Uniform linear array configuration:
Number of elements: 24
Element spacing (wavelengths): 0.5
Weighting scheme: kaiser
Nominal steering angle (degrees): -30
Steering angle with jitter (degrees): -30.887
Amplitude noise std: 0.05
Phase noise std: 0.05

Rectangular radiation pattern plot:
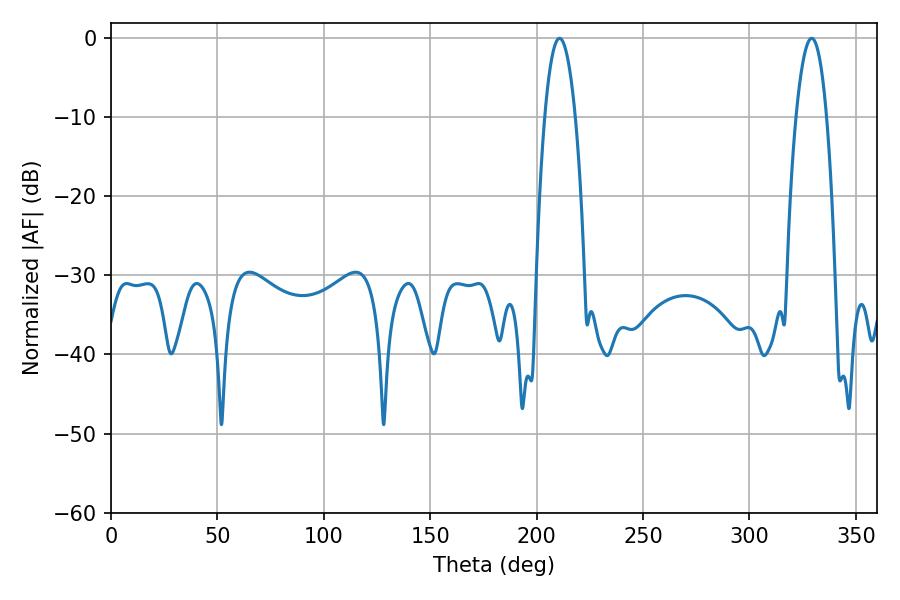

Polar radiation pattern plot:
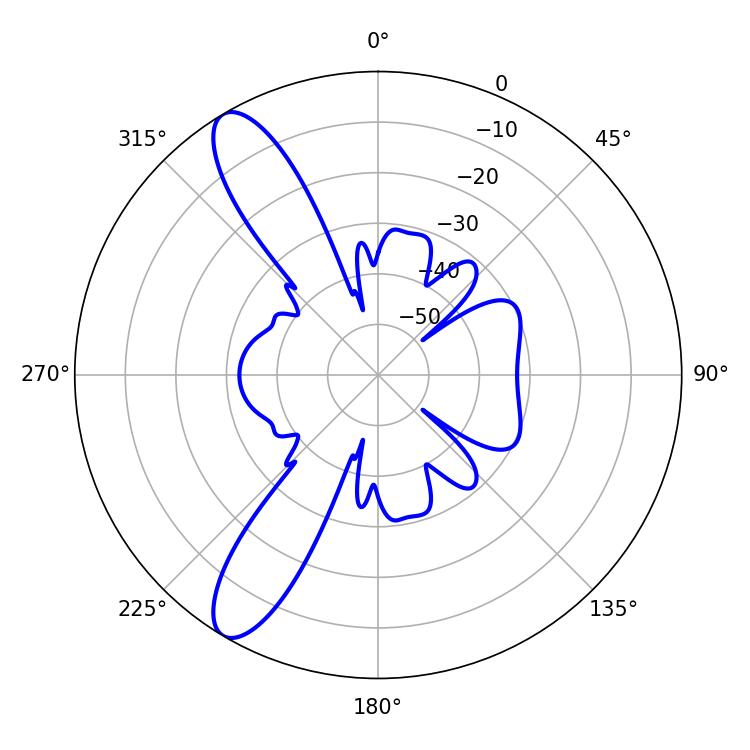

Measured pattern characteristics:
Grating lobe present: FALSE
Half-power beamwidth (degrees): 7.92
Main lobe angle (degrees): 329.22